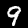
Label: 9